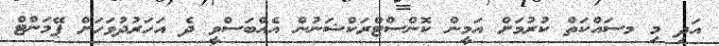
އަދި މި މސައްކަތް ކުރުމަށް އަމީން ކޮންސްޓްރަކްޝަނުން އެއްބަސްވީ ދެ އަހަރުދުވަހަށް ޕޭމަންޓް